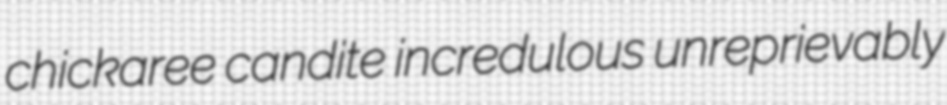
chickaree candite incredulous unreprievably